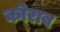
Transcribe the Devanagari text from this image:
कोराब